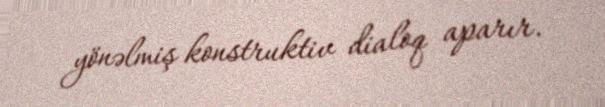
yönəlmiş konstruktiv dialoq aparır.